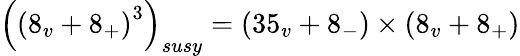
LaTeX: \left(\left(8_{v}+8_{+}\right)^{3}\right)_{susy}=\left(35_{v}+8_{-}\right)\times\left(8_{v}+8_{+}\right)